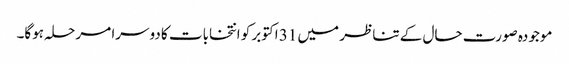
موجودہ صورت حال کے تناظر میں 31 اکتوبر کو انتخابات کا دوسرا مرحلہ ہوگا۔